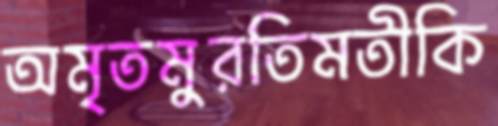
অমৃতমুরতিমতীকি